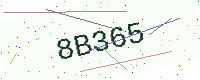
Text: 8B365